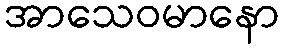
အာသေဝမာနော